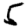
Digit: 5